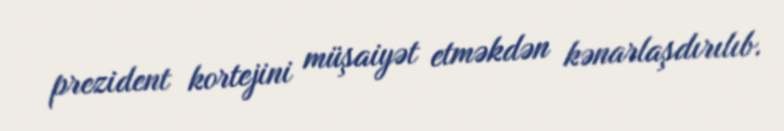
prezident kortejini müşaiyət etməkdən kənarlaşdırılıb.